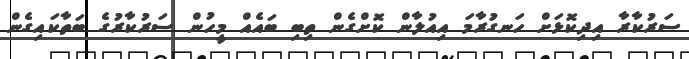
ސަރުކާރާ އިދިކޮޅަށް ހަނގުރާމަ އިއުލާން ކޮށްގެން ތިބި ބައެއް މީހުން ސަރުކާރުގެ ބަތާކައިގެން